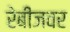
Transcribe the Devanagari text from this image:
रेबीजवर